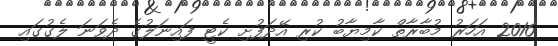
2016 އަހަރު މުބާރާތް ކާމިޔާބު ކުރި އޭދަފުށި ކެޓީ ފައިނަލުގެ ދެވަނަ ލެގުގައި